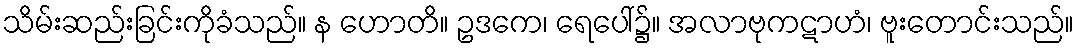
သိမ်းဆည်းခြင်းကိုခံသည်။ န ဟောတိ။ ဥဒကေ၊ ရေပေါ်၌။ အလာဗုကဋာဟံ၊ ဗူးတောင်းသည်။